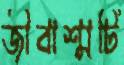
জীবাশ্মটি